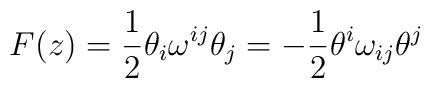
F(z)=\frac 12\theta _i\omega ^{ij}\theta _j=-\frac 12\theta^i\omega _{ij}\theta ^j